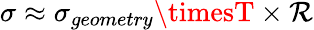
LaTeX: \sigma\approx\sigma_{geometry}\timesT\times\mathcal{R}